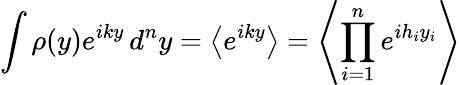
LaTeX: \int\rho(y)e^{iky}\, d^{n}y=\left\langle e^{iky}\right\rangle=\left\langle\prod_{i=1}^{n}e^{ih_{i}y_{i}}\right\rangle